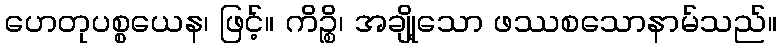
ဟေတုပစ္စယေန၊ ဖြင့်။ ကိဉ္စိ၊ အချို့သော ဖဿစသောနာမ်သည်။